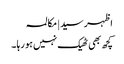
اظہر سید | مکالمہ
کچھ بھی ٹھیک نہیں ہو رہا ۔